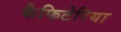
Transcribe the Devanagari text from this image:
कैफिटेरिया